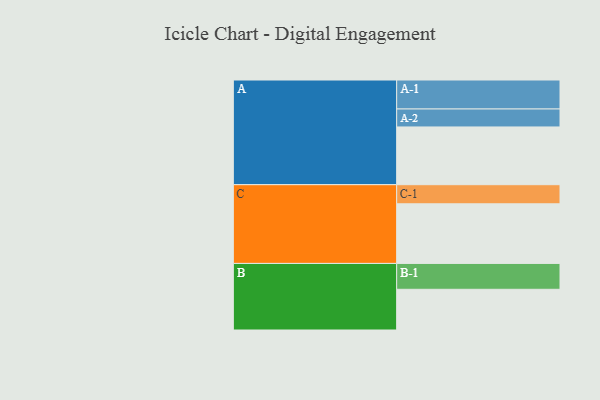
{"axis": {"x": "Segment", "y": "Value"}, "legend": ["", "A", "B", "C"], "data": [{"x": "A", "y": 556, "type": ""}, {"x": "B", "y": 392, "type": ""}, {"x": "C", "y": 574, "type": ""}, {"x": "A-1", "y": 279, "type": "A"}, {"x": "A-2", "y": 173, "type": "A"}, {"x": "B-1", "y": 249, "type": "B"}, {"x": "C-1", "y": 184, "type": "C"}]}